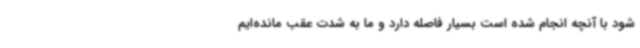
شود با آنچه انجام شده است بسیار فاصله دارد و ما به شدت عقب مانده‌ایم